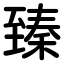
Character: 臻